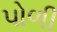
પોળી